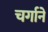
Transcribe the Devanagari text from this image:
चर्गाने